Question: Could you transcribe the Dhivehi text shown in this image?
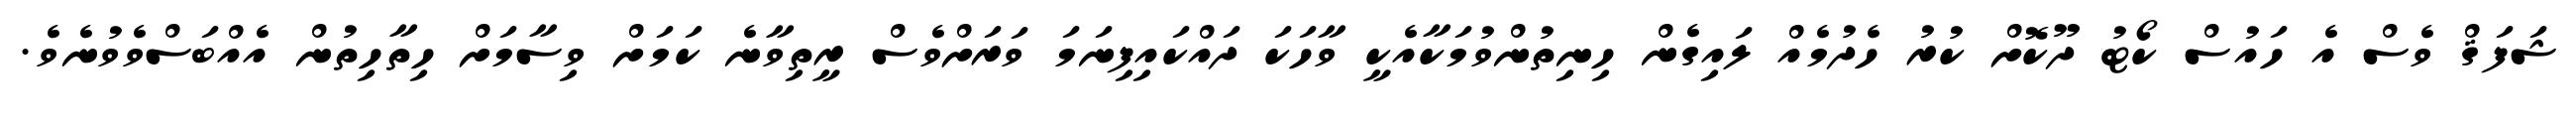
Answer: ޝަފަޤް ވެސް އެ ހައުސް ކޯޓު ދޫކޮށް ކުރު ހެދުމެއް ލައިގެން ހިނިތުންވުމަކާއެކީ ވާހަކަ ދައްކައިފިނަމަ ވަރަށްވެސް ރީތިވާނެ ކަމަށް ވިސާމަށް ހިތާހިތުން އެއްބަސްވެވުނެވެ.